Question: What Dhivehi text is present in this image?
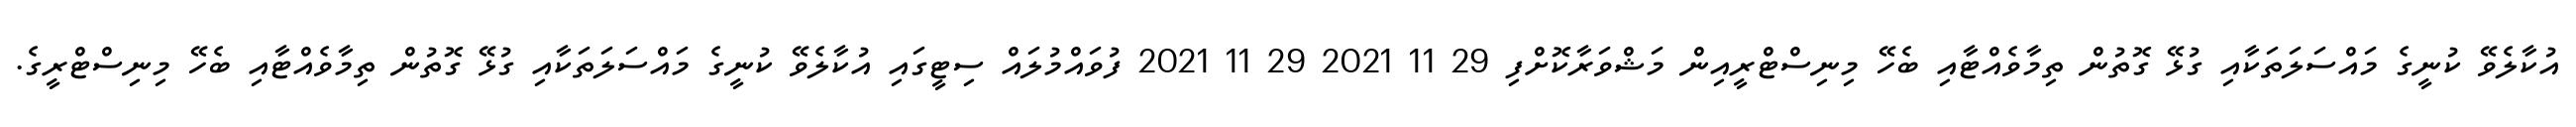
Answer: އުކާލެވޭ ކުނީގެ މައްސަލަތަކާއި ގުޅޭ ގޮތުން ތިމާވެއްޓާއި ބެހޭ މިނިސްޓްރީއިން މަޝްވަރާކޮށްފި 29 11 2021 29 11 2021 ފުވައްމުލައް ސިޓީގައި އުކާލެވޭ ކުނީގެ މައްސަލަތަކާއި ގުޅޭ ގޮތުން ތިމާވެއްޓާއި ބެހޭ މިނިސްޓްރީގެ.